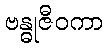
ဗန္ဓုဇီဝကာ